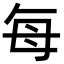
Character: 每